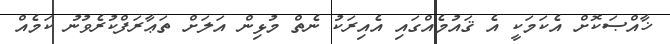
ޚާއްޞަކޮށް އެކަމަކީ އެ ޤައުމެއްގައި އެއިރަކު ނެތް މުޅިން އަލަށް ތަޢާރަފްކުރެވުނު ކަމެއް